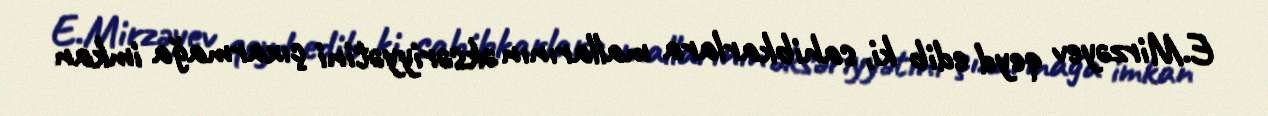
E.Mirzəyev qeyd edib ki, sahibkarlara mallarının əksəriyyətini çıxarmağa imkan